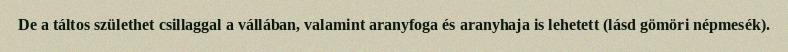
De a táltos születhet csillaggal a vállában, valamint aranyfoga és aranyhaja is lehetett (lásd gömöri népmesék).